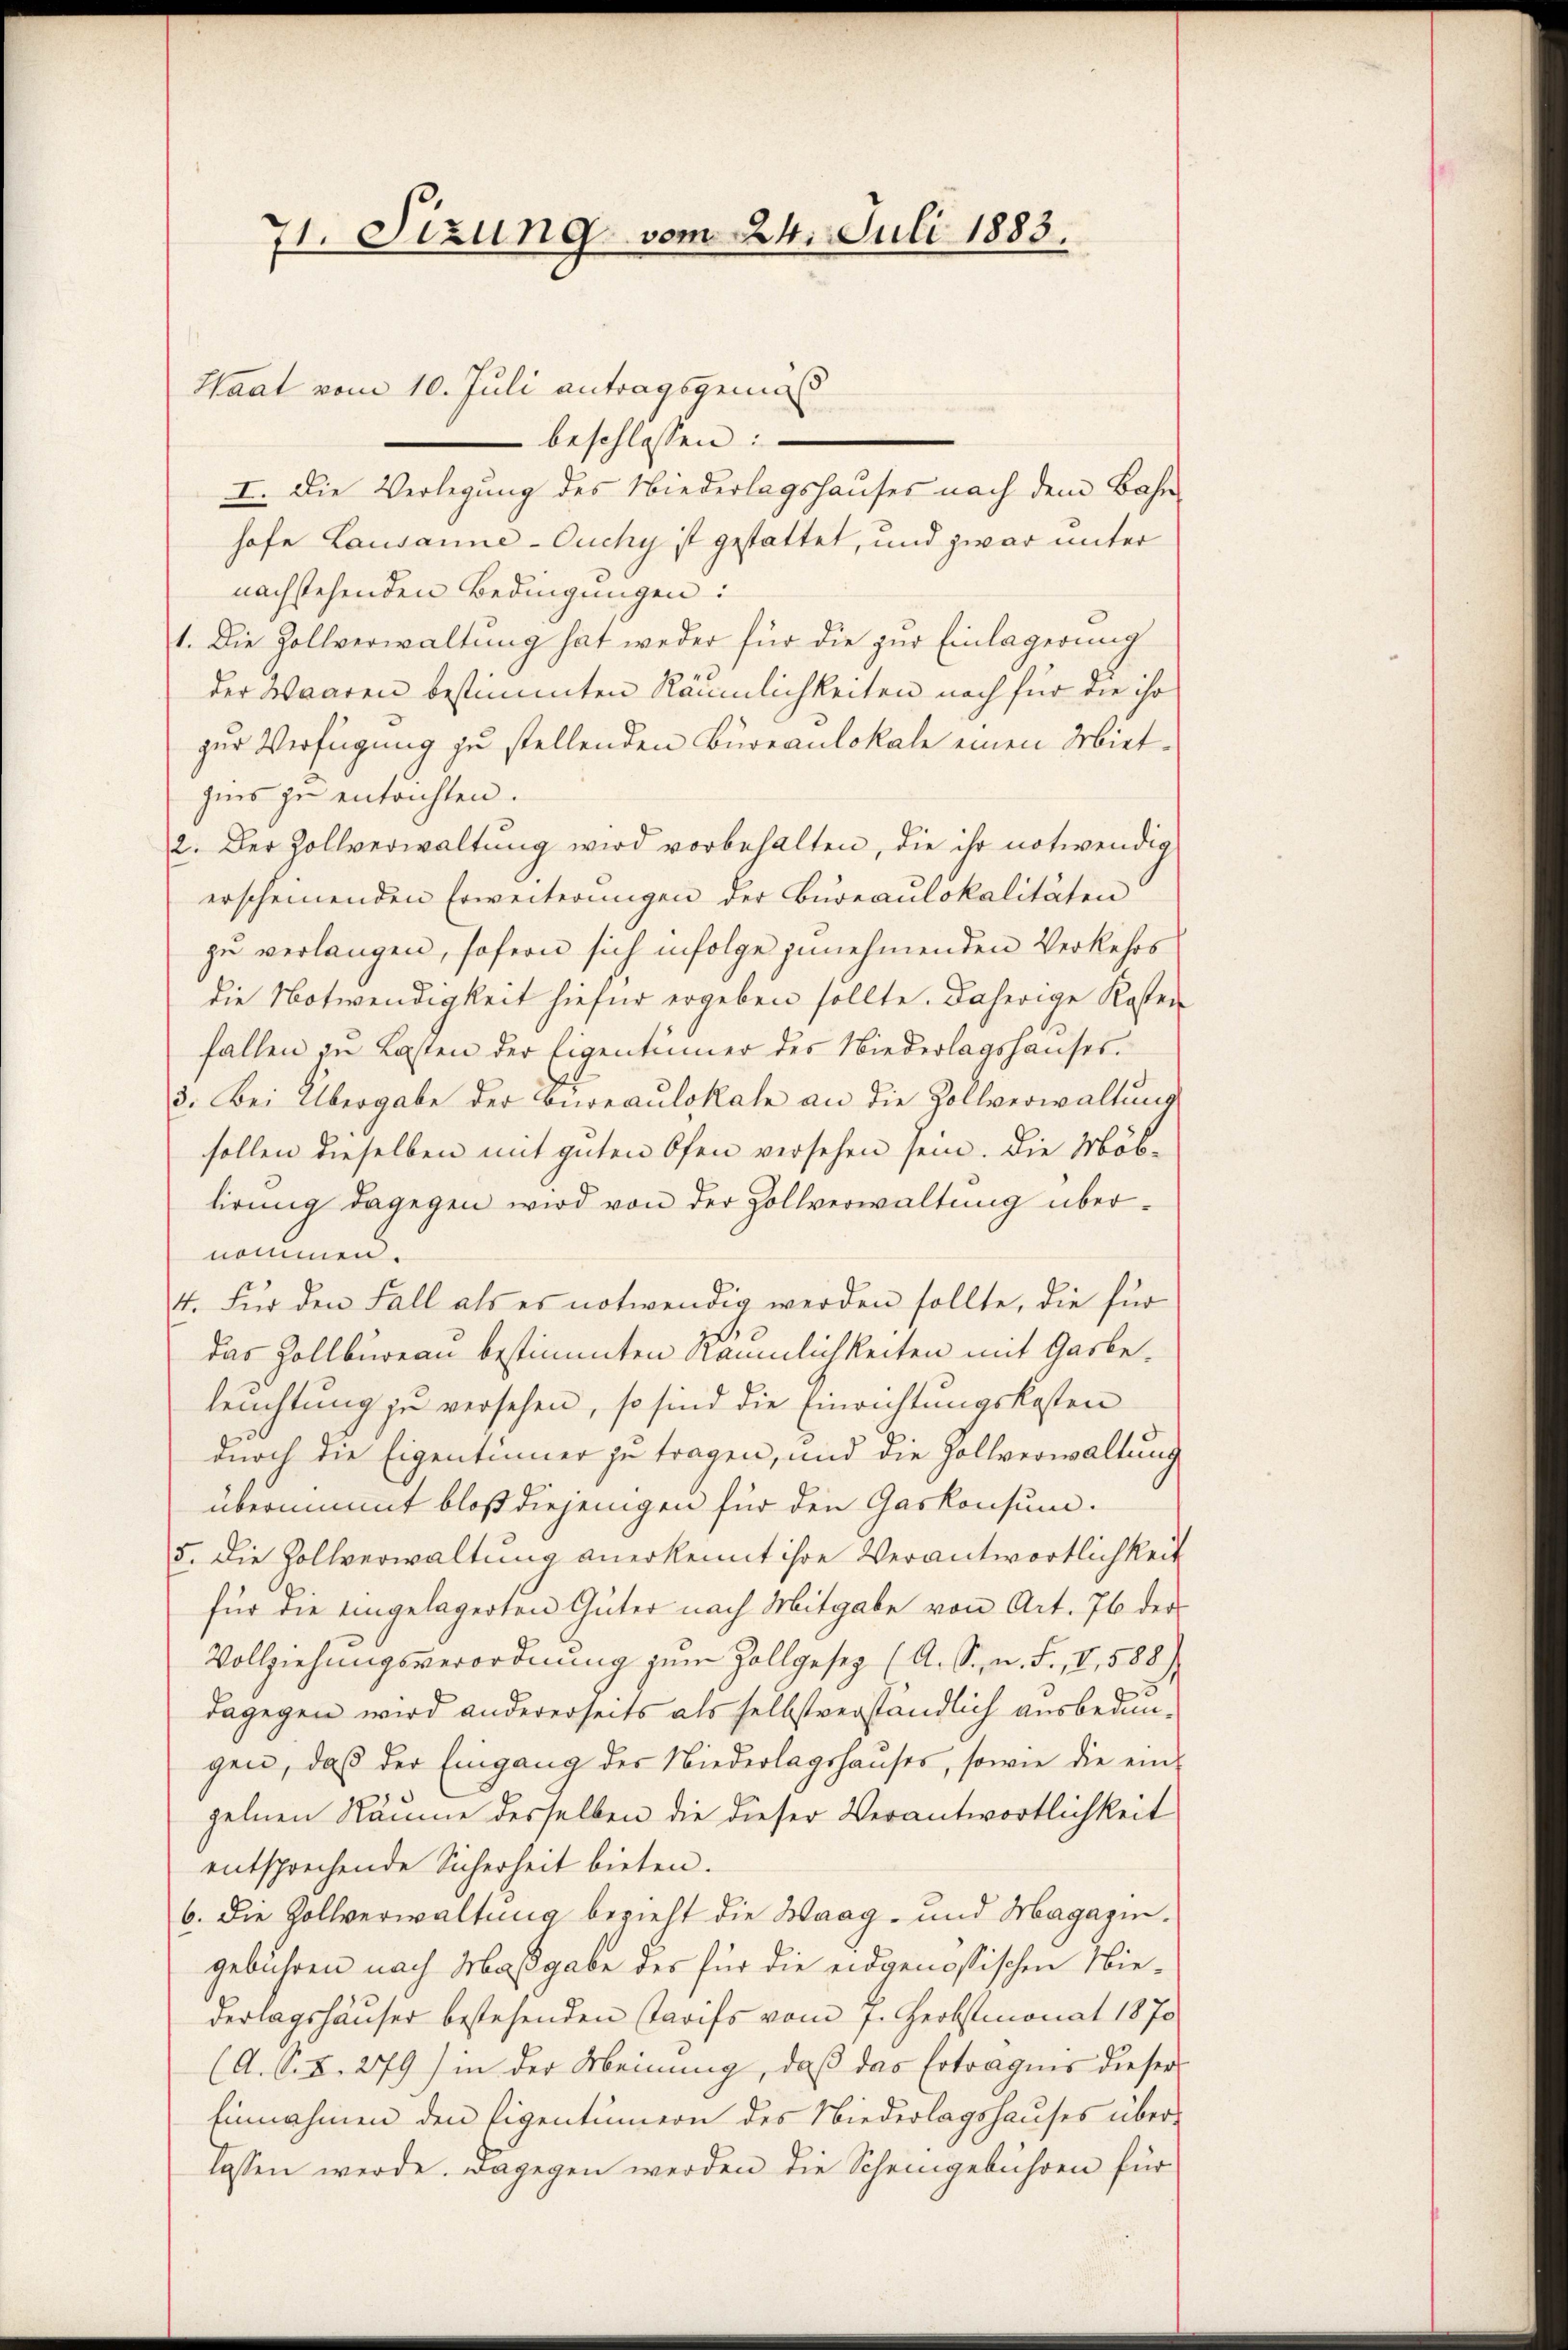
71. Sizung vom 24. Juli 1883.

beschlossen:
.
I. Die Verlegung des Niederlagshauses nach dem Bahnhofe Lausanne-Ouchy ist gestattet, und zwar unter
nachstehenden Bedingungen:
1. Die Zollverwaltung hat weder für die zur Einlagerung
der Waaren bestimmten Räumlichkeiten noch für die ihr
zur Verfügung zu stellenden Bureaulokale einen Mietzins zu entrichten.
2. Der Zollverwaltung wird vorbehalten, die ihr notwendig
erscheinenden Erweiterungen der Büreaulokalitäten
zu verlangen, sofern sich infolge zunehmenden Verkehrs
die Notwendigkeit hiefür ergeben sollte. Daherige Kosten
fallen in Lasten der Eigentümer des Niederlagshauses.
3. Bei Übergabe der Biweaulokale an die Zollverwaltung
sollen dieselben mit guten Ofen versehen sein. Die Möblirung dagegen wird von der Zollverwaltung übernommen.
4. Für den Fall als es notwendig werden sollte, die für
das Zollbüreau bestimmten Räumlichkeiten mit Gasbeleuchtung zu versehen, so sind die Einrichtungskosten
durch die Eigentümer zu tragen, und die Zollverwaltung
übernimmt bloß diejenigen für den Gaskonsum¬
5. Die Zollverwaltung anerkennt ihre Verantwortlichkeit
für die eingelagerten Güter nach Mitgabe von Art. 76 der
Vollziehungsverordnung zum Zollgesetz (A. S. n. F. V,588)
dagegen wird andererseits als selbstverständlich ausbedungen, daß der Eingang der Niederlagshauses, sowie die ein
zelnen Räume desselben die dieser Verantwortlichkeit
entsprechende Sicherheit bieten.
6. Die Zollverwaltung bezieht die Waag- und Magazingebühren nach Maßgabe des für die eidgenössischen Niederlagshäuser bestehenden Tarifs vom 7. Herbstmonat 1870
(A. S. S. 279) in der Meinung, daß das Erträgnis dieser
Einnahmen den Eigentümern des Niederlagshauses überlassen werde. Dagegen werden die Scheingebühren für

Haat vom 10. Juli antragsgemäs